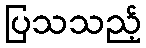
ပြသသည့်